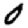
Digit: 0